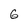
Character: 6